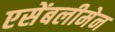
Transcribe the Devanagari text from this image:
एसेंबलीमेन